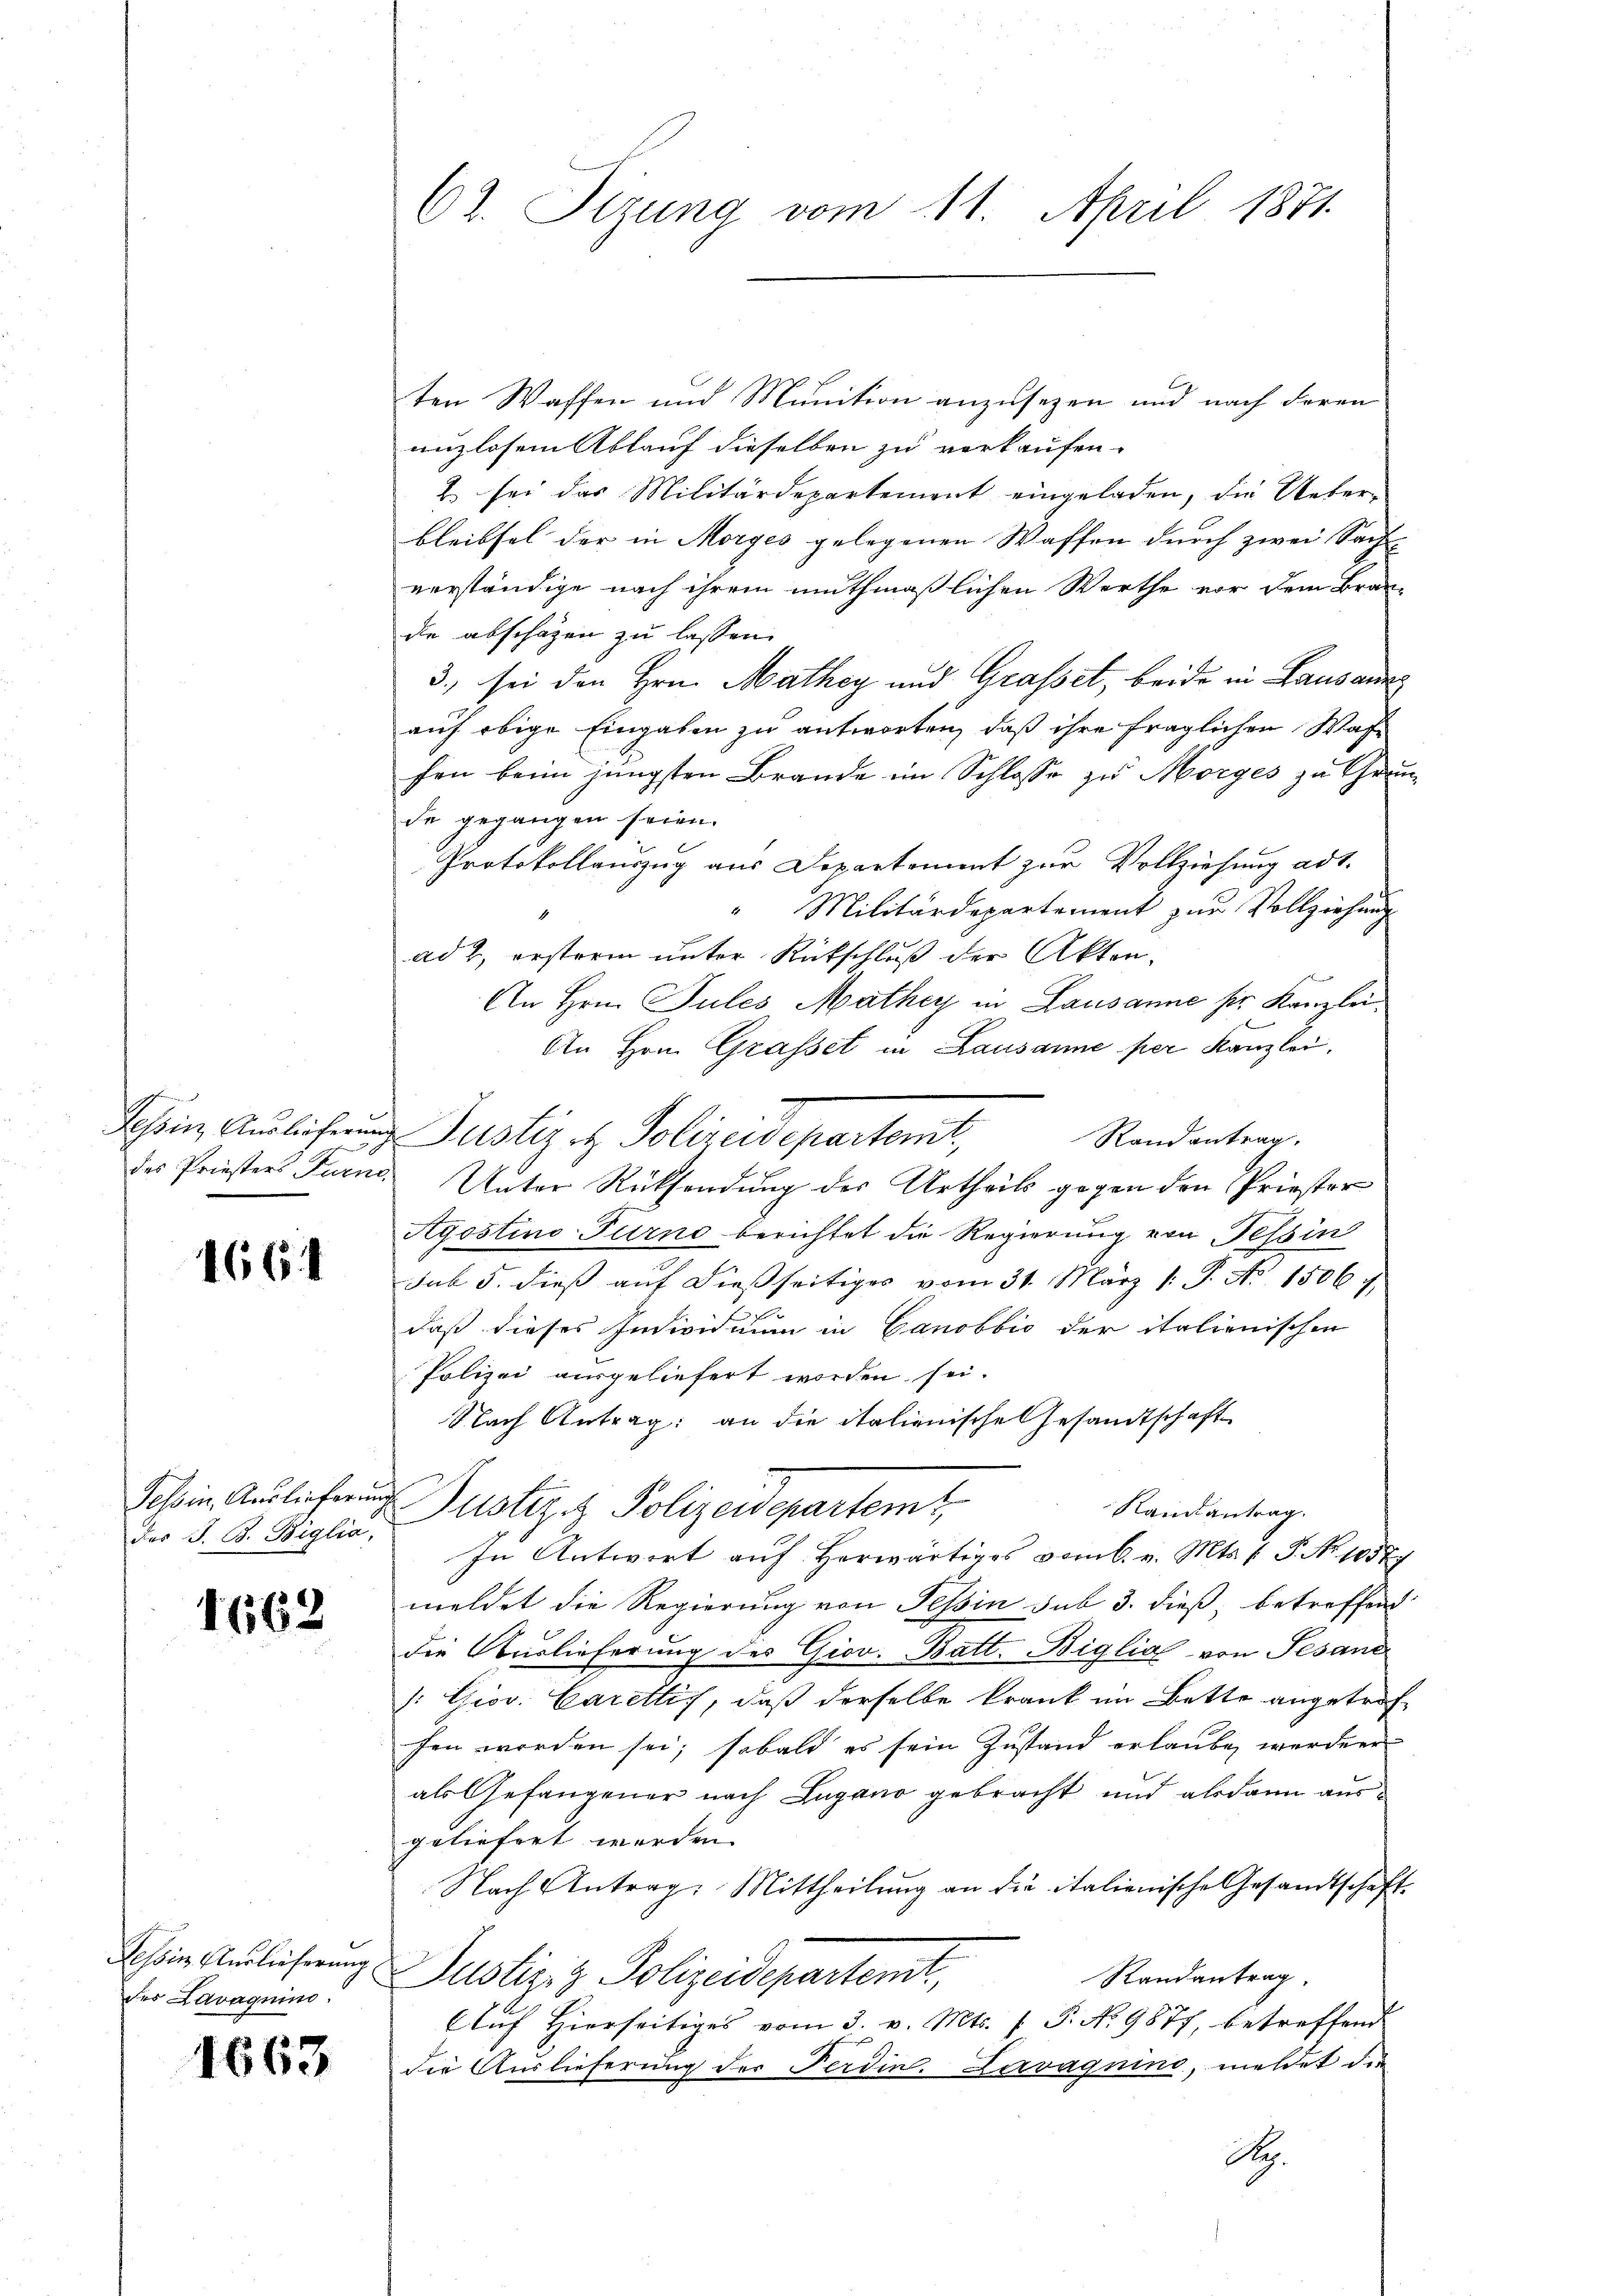
466. 4

des J. B. Biglia,

1662

des Lavaquino.

ten Waffen und Munition anzusezen und nach deren
unzlosem Ablauf dieselben zu verkaufen.
2 sei das Militärdepartement eingeladen, die Ueber-
bleibsel der in Morges gelegenen Waffen durch zwei Sach-
verständige nach ihrem muthmaßlichen Werthe vor dem Bran-
die abschagen zu lassen.
3., sei den Hrn. Mathey und Grasset, beide in Lausanne
auf obige Eingaben zu antworten, daß ihre fraglichen Wase
fen beim jüngsten Brande im Schlosse zu Morges zu Grun
de gegangen seien.
Protokollauszug aus Departement zur Vollziehung ad1.
" Militärdepartement zur Vollziehung
ad 2, ersterm unter Rütschluß der Akten.
An Hrn. Jules Mathey in Lausanne sie Kanzlei¬
An Hrn. Grasset in Lausanne per Kanzlei.
Johen Auslicherung Justiz et Polizeidepartemt,
Randantrag.
des Priesters Furn. Unter Rücksendung des Urtheils gegen den Priester
Ayostino-Turno berichtet die Regierung von Tessin
sub 5. dieß auf dießseitiges vom 31. März 1. P. No 1506
daß dieses Individuum in Canobbić der italienischen
Polizei ausgeliefert worden sei.
Nach Antrag an die italienische Gesandtschaft
Schein Auslieferung Justiziz. Polizeidepartem t
Randantrag.
In Antwort auf herwärtiges vom 6. v. Mts. f. P. Nr. 10577
meldet die Regierung von Tessin sub 3. dieß, betreffend
die Auslieferung des Giov. Batt. Biglich von Sesand
/: Giov. Carellis, daß derselbe krank im Bette angetroffen worden sei; sobald es sein Zustand erlaube, werden
als Gefangener nach Lugano gebracht und alsdann aus
geliefert worden.
Nach Antrag: Mittheilŭng an die italienische Gesamtschaft
Scheine Auslicherung Justiz- & Polizeidepartemt,
Randantrag.
Aŭf Hierseitiges vom 3. v. Mts. f. P. Nr. 9877, betreffend
 die Auslieferung der Ferdine. Larvagnino, meldet die
A.

62. Sizung vom 11. April 1871.